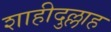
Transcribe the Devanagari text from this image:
शाहीदुल्लाह